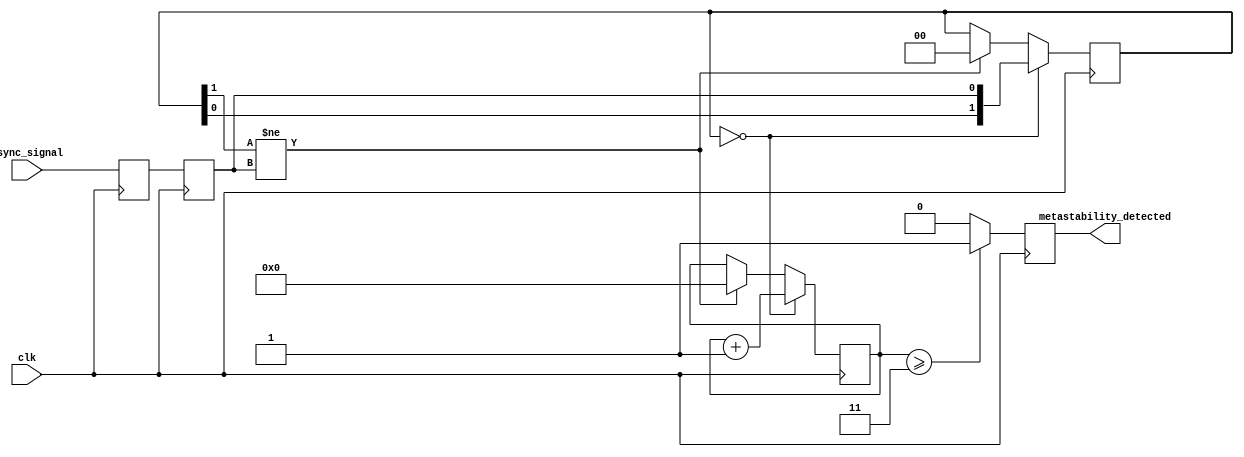
module metastability_detector (
    input wire clk,               // Sampling clock
    input wire async_signal,      // Asynchronous input signal
    output reg metastability_detected // Output flag for metastability detection
);

    // Parameters for metastability detection
    parameter NUM_SAMPLES = 4;   // Number of sampling cycles for detection
    parameter TIMEOUT_THRESHOLD = 3; // Number of cycles to confirm metastability

    // Internal signals
    reg latch1, latch2;
    reg [NUM_SAMPLES-1:0] sample_counter; // Counter for sampling cycles
    reg [1:0] latch2_stable_state; // State of Latch2 for stability checking

    // Initialize registers
    initial begin
        latch1 = 1'b0;
        latch2 = 1'b0;
        metastability_detected = 1'b0;
        sample_counter = 0;
        latch2_stable_state = 2'b00;
    end

    // Latch1: Sample the asynchronous signal on the rising edge of the clock
    always @(posedge clk) begin
        latch1 <= async_signal; // Sample async signal
    end

    // Latch2: Sample the output of Latch1 on the next clock edge
    always @(posedge clk) begin
        latch2 <= latch1; // Sample Latch1 output
        // Check stability of Latch2
        if (latch2_stable_state == 2'b00) begin
            latch2_stable_state <= {latch2_stable_state[0], latch2}; // Shift in new state
            sample_counter <= sample_counter + 1; // Increment sample counter
        end else if (latch2_stable_state[1] != latch2) begin
            // If Latch2 output changes, reset the counter
            sample_counter <= 0; 
            latch2_stable_state <= 2'b00; // Reset stable state
        end

        // Check if metastability is detected
        if (sample_counter >= TIMEOUT_THRESHOLD) begin
            metastability_detected <= 1'b1; // Assert flag
        end else begin
            metastability_detected <= 1'b0; // Deassert flag
        end
    end

endmodule